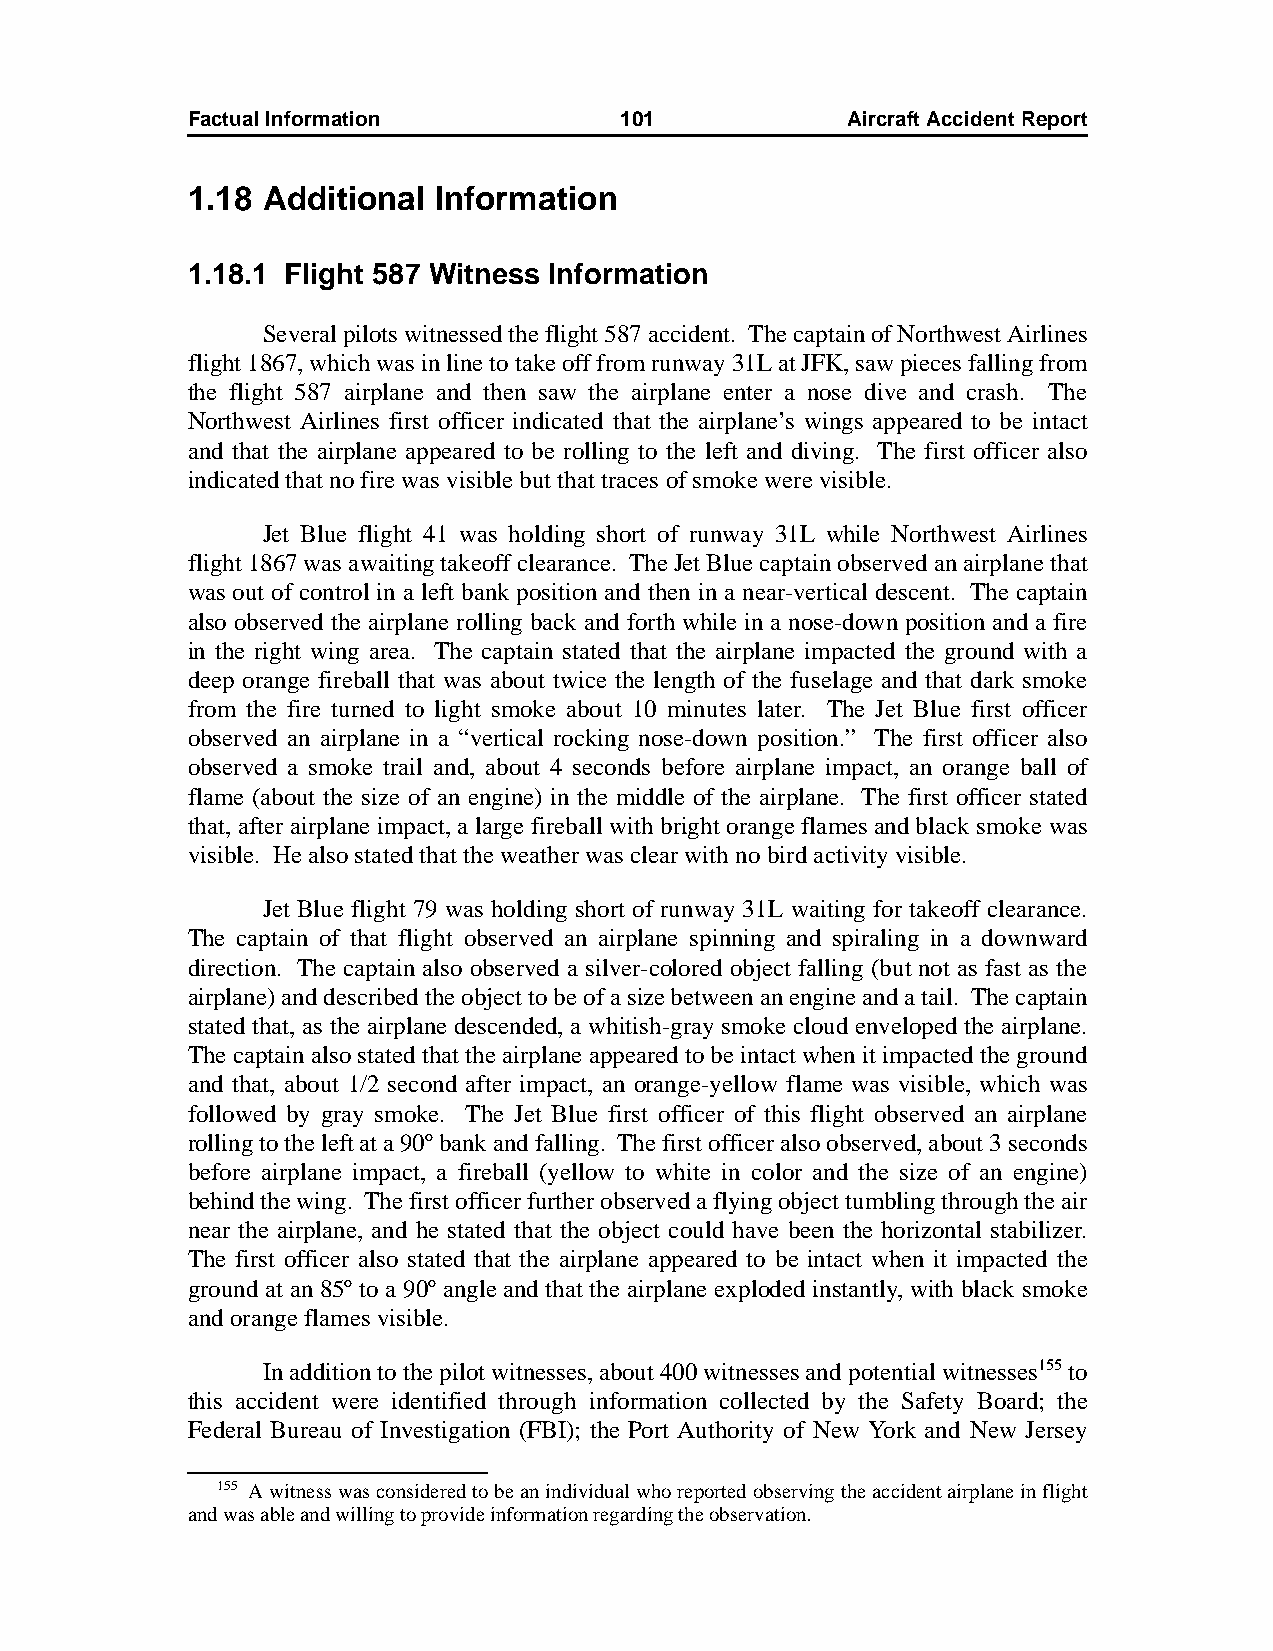
Factual Information          101            AircraftAccidentReport
 1.18 Additional  Information
 1.18.1 Flight 587 Witness Information
 Several pilots witnessed the flight 587 accident. The captain of Northwest Airlines
 flight 1867, which was in line to take off from runway 31L at JFK, saw pieces falling from
 the flight 587 airplane and then saw the airplane enter a nose dive and crash. The
 Northwest Airlines first officer indicated that the airplane’s wings appeared to be intact
 and that the airplane appeared to be rolling to the left and diving. The first officer also
 indicated that no fire was visible but that traces of smoke were visible.
 Jet Blue flight 41 was holding short of runway 31L while Northwest Airlines
 flight 1867 was awaiting takeoff clearance. The Jet Blue captain observed an airplane that
 was out of control in a left bank position and then in a near-vertical descent. The captain
 also observed the airplane rolling back and forth while in a nose-down position and a fire
 in the right wing area. The captain stated that the airplane impacted the ground with a
 deep orange fireball that was about twice the length of the fuselage and that dark smoke
 from the fire turned to light smoke about 10 minutes later. The Jet Blue first officer
 observed an airplane in a “vertical rocking nose-down position.” The first officer also
 observed a smoke trail and, about 4 seconds before airplane impact, an orange ball of
 flame (about the size of an engine) in the middle of the airplane. The first officer stated
 that, after airplane impact, a large fireball with bright orange flames and black smoke was
 visible. He also stated that the weather was clear with no bird activity visible.
 Jet Blue flight 79 was holding short of runway 31L waiting for takeoff clearance.
 The captain of that flight observed an airplane spinning and spiraling in a downward
 direction. The captain also observed a silver-colored object falling (but not as fast as the
 airplane) and described the object to be of a size between an engine and a tail. The captain
 stated that, as the airplane descended, a whitish-gray smoke cloud enveloped the airplane.
 The captain also stated that the airplane appeared to be intact when it impacted the ground
 and that, about 1/2 second after impact, an orange-yellow flame was visible, which was
 followed by gray smoke. The Jet Blue first officer of this flight observed an airplane
 rolling to the left at a 90º bank and falling. The first officer also observed, about 3seconds
 before airplane impact, a fireball (yellow to white in color and the size of an engine)
 behind the wing. The first officer further observed a flying object tumbling through the air
 near the airplane, and he stated that the object could have been the horizontal stabilizer.
 The first officer also stated that the airplane appeared to be intact when it impacted the
 ground at an 85º to a 90º angle and that the airplane exploded instantly, with black smoke
 and orange flames visible.
 In addition to the pilot witnesses, about 400 witnesses and potential witnesses155 to
 this accident were identified through information collected by the Safety Board; the
 Federal Bureau of Investigation (FBI); the Port Authority of New York and New Jersey
 155 A witness was considered to be an individual who reported observing the accident airplane in flight
 and was able and willing to provide information regarding the observation.